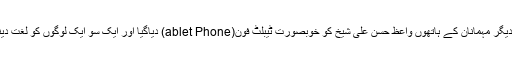
مبارک کاپڑی اور دیگر مہمانان کے ہاتھوں واعظ حسن علی شیخ کو خوبصورت ٹیبلٹ فون(ablet Phone) دیاگیا اور ایک سو ایک لوگوں کو لغت دینے کا اعلان کیاگیا۔